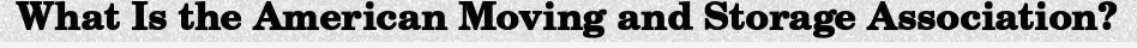
What Is the American Moving and Storage Association?